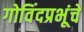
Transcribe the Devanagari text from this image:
गोविंदप्रभूंचे